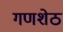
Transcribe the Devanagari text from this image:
गणशेठ